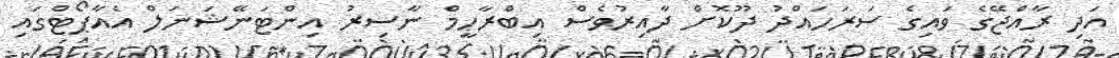
އަދި ރާއްޖޭގެ ވައިގެ ސަރަހައްދު ދޫކޮށް ދާއިރުވެސް އިބްރާހީމް ނާސިރު އިންޓަނޭޝަނަލް އެއާޕޯޓްގައި